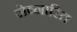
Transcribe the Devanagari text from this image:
जेव्नारित